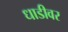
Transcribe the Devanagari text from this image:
धाडीवर